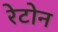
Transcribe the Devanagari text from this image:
रेटोन